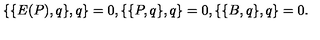
\{ \{ E ( P ) , q \} , q \} = 0 , \{ \{ P , q \} , q \} = 0 , \{ \{ B , q \} , q \} = 0 .